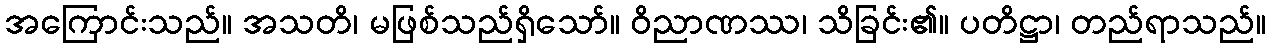
အကြောင်းသည်။ အသတိ၊ မဖြစ်သည်ရှိသော်။ ဝိညာဏဿ၊ သိခြင်း၏။ ပတိဋ္ဌာ၊ တည်ရာသည်။